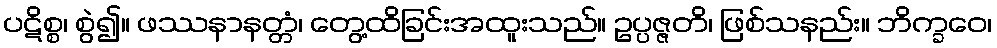
ပဋိစ္စ၊ စွဲ၍။ ဖဿနာနတ္တံ၊ တွေ့ထိခြင်းအထူးသည်။ ဥပ္ပဇ္ဇတိ၊ ဖြစ်သနည်း။ ဘိက္ခဝေ၊